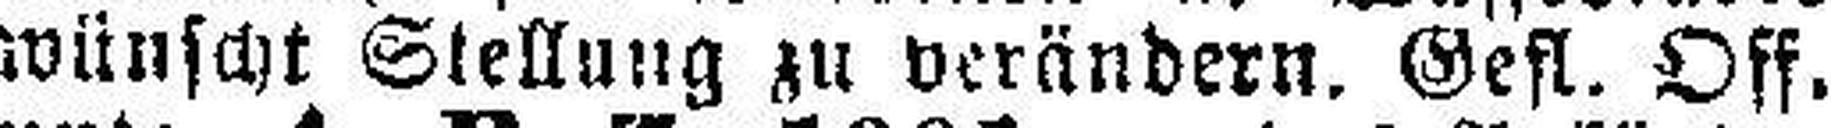
wünscht Stellung zu verändern. Gefl. Off.